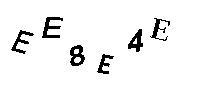
EE8E4E